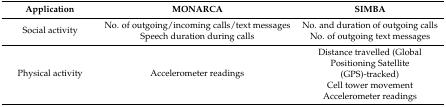
<table><thead><tr><td><b>Application</b></td><td><b>MONARCA</b></td><td><b>SIMBA</b></td></tr></thead><tbody><tr><td rowspan="2">Social activity</td><td>No. of outgoing/incoming calls/text messages</td><td>No. and duration of outgoing calls</td></tr><tr><td>Speech duration during calls</td><td>No. of outgoing text messages</td></tr><tr><td rowspan="3">Physical activity</td><td rowspan="3">Accelerometer readings</td><td>Distance travelled (Global Positioning Satellite (GPS)-tracked)</td></tr><tr><td>Cell tower movement</td></tr><tr><td>Accelerometer readings</td></tr></tbody></table>